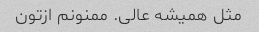
مثل همیشه عالی. ممنونم ازتون